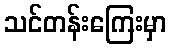
သင်တန်းကြေးမှာ